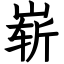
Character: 崭